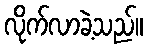
လိုက်လာခဲ့သည်။